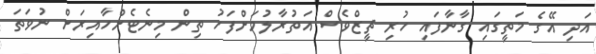
އަދި އޭގެ މަތީގައި ގާނާފައި ހުރި ޗީޒްވެސް އަތުރާލުމަށްފަހު ތިން މިނެޓެށްހާއިރަށް ނުވަތަ